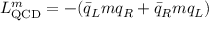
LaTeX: { \cal L } _ { \mathrm { Q C D } } ^ { m } = - ( \bar { q } _ { L } m q _ { R } + \bar { q } _ { R } m q _ { L } )